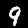
Digit: 9